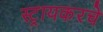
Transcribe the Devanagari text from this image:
स्ट्रायकरचे